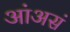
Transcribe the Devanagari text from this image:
आंअसं